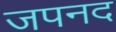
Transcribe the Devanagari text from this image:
जपनद